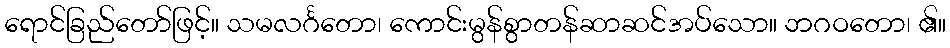
ရောင်ခြည်တော်ဖြင့်။ သမလင်္ဂတော၊ ကောင်းမွန်စွာတန်ဆာဆင်အပ်သော။ ဘဂဝတော၊ ၏။